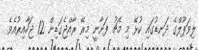
ލިވަޕޫލްގެ ދަނޑުގައި ކުޅޭ މި މެޗު ފަށާނީ މިރޭ ރާއްޖެގަޑިން 12 ޖަހާއިރުއެވެ.